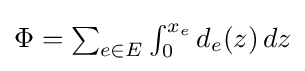
\textstyle \Phi =\sum _{e\in E}\int _{0}^{x_{e}}d_{e}(z)\,dz